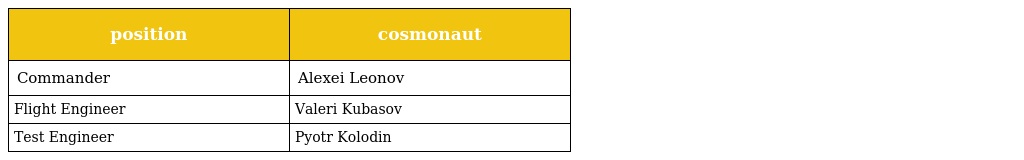
| position | cosmonaut |
 | --- | --- |
 | Commander | Alexei Leonov |
 | Flight Engineer | Valeri Kubasov |
 | Test Engineer | Pyotr Kolodin |